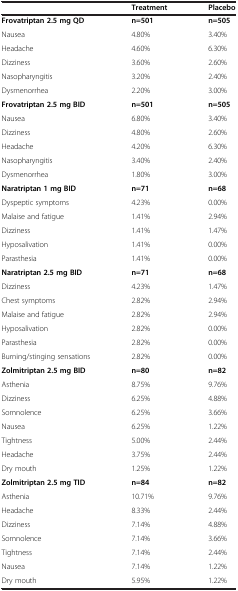
<table><thead><tr><td><b> </b></td><td><b>Treatment</b></td><td><b>Placebo</b></td></tr></thead><tbody><tr><td><b>Frovatriptan 2.5 mg QD</b></td><td><b>n=501</b></td><td><b>n=505</b></td></tr><tr><td>Nausea</td><td>4.80%</td><td>3.40%</td></tr><tr><td>Headache</td><td>4.60%</td><td>6.30%</td></tr><tr><td>Dizziness</td><td>3.60%</td><td>2.60%</td></tr><tr><td>Nasopharyngitis</td><td>3.20%</td><td>2.40%</td></tr><tr><td>Dysmenorrhea</td><td>2.20%</td><td>3.00%</td></tr><tr><td><b>Frovatriptan 2.5 mg BID</b></td><td><b>n=501</b></td><td><b>n=505</b></td></tr><tr><td>Nausea</td><td>6.80%</td><td>3.40%</td></tr><tr><td>Dizziness</td><td>4.80%</td><td>2.60%</td></tr><tr><td>Headache</td><td>4.20%</td><td>6.30%</td></tr><tr><td>Nasopharyngitis</td><td>3.40%</td><td>2.40%</td></tr><tr><td>Dysmenorrhea</td><td>1.80%</td><td>3.00%</td></tr><tr><td><b>Naratriptan 1 mg BID</b></td><td><b>n=71</b></td><td><b>n=68</b></td></tr><tr><td>Dyspeptic symptoms</td><td>4.23%</td><td>0.00%</td></tr><tr><td>Malaise and fatigue</td><td>1.41%</td><td>2.94%</td></tr><tr><td>Dizziness</td><td>1.41%</td><td>1.47%</td></tr><tr><td>Hyposalivation</td><td>1.41%</td><td>0.00%</td></tr><tr><td>Parasthesia</td><td>1.41%</td><td>0.00%</td></tr><tr><td><b>Naratriptan 2.5 mg BID</b></td><td><b>n=71</b></td><td><b>n=68</b></td></tr><tr><td>Dizziness</td><td>4.23%</td><td>1.47%</td></tr><tr><td>Chest symptoms</td><td>2.82%</td><td>2.94%</td></tr><tr><td>Malaise and fatigue</td><td>2.82%</td><td>2.94%</td></tr><tr><td>Hyposalivation</td><td>2.82%</td><td>0.00%</td></tr><tr><td>Parasthesia</td><td>2.82%</td><td>0.00%</td></tr><tr><td>Burning/stinging sensations</td><td>2.82%</td><td>0.00%</td></tr><tr><td><b>Zolmitriptan 2.5 mg BID</b></td><td><b>n=80</b></td><td><b>n=82</b></td></tr><tr><td>Asthenia</td><td>8.75%</td><td>9.76%</td></tr><tr><td>Dizziness</td><td>6.25%</td><td>4.88%</td></tr><tr><td>Somnolence</td><td>6.25%</td><td>3.66%</td></tr><tr><td>Nausea</td><td>6.25%</td><td>1.22%</td></tr><tr><td>Tightness</td><td>5.00%</td><td>2.44%</td></tr><tr><td>Headache</td><td>3.75%</td><td>2.44%</td></tr><tr><td>Dry mouth</td><td>1.25%</td><td>1.22%</td></tr><tr><td><b>Zolmitriptan 2.5 mg TID</b></td><td><b>n=84</b></td><td><b>n=82</b></td></tr><tr><td>Asthenia</td><td>10.71%</td><td>9.76%</td></tr><tr><td>Headache</td><td>8.33%</td><td>2.44%</td></tr><tr><td>Dizziness</td><td>7.14%</td><td>4.88%</td></tr><tr><td>Somnolence</td><td>7.14%</td><td>3.66%</td></tr><tr><td>Tightness</td><td>7.14%</td><td>2.44%</td></tr><tr><td>Nausea</td><td>7.14%</td><td>1.22%</td></tr><tr><td>Dry mouth</td><td>5.95%</td><td>1.22%</td></tr></tbody></table>